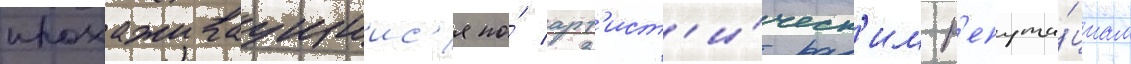
прохаживаущиис'я по́ арт'ист'и́ческ'им р'епута́циам